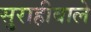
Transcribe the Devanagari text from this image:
सुराहीवाले